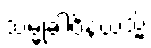
သမ္မုခါဝိနယသ္မိံ